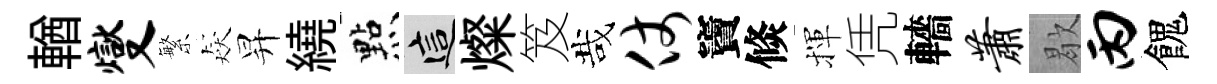
輶燮繁猋昇繞㸃這燦笈哉仗竇倐揮凭轖萧歇丙餽